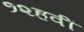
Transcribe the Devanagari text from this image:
१२हवीं